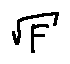
\sqrt { F }